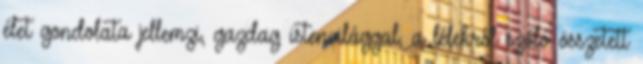
élet gondolata jellemzi, gazdag istenvilággal, a lélekről szóló összetett